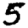
Digit: 5